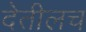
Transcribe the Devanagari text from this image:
देतीलच